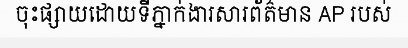
ចុះផ្សាយដោយទីភ្នាក់ងារសារព័ត៌មាន AP របស់